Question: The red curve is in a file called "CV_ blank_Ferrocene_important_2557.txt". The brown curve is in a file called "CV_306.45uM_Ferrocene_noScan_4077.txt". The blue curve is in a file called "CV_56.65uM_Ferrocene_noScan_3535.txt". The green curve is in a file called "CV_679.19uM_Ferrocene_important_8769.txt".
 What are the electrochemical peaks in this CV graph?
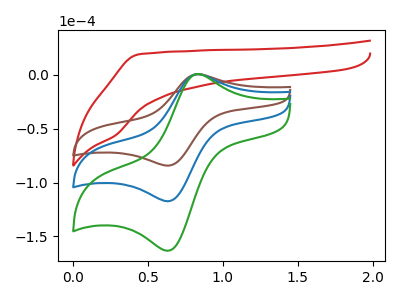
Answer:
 <answer>The red curve "Ferrocene  blank" has no peaks. The brown curve "Ferrocene 306.45uM" has an anodic peak at (0.85V, 0.30uA) and a cathodic peak at (0.65V, -84.25uA). The blue curve "Ferrocene 56.65uM" has an anodic peak at (0.85V, 0.40uA) and a cathodic peak at (0.65V, -117.25uA). The green curve "Ferrocene 679.19uM" has an anodic peak at (0.85V, 0.80uA) and a cathodic peak at (0.65V, -234.50uA).</answer>
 <eval></eval>